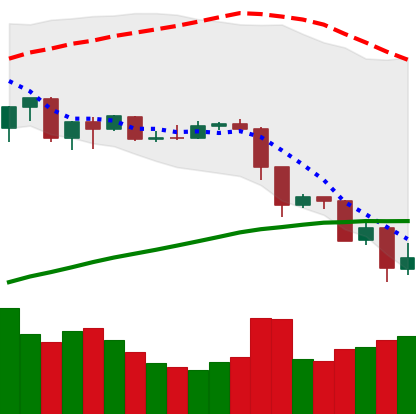
Ticker: EOS-USD
Chart end date: 2019-07-17
Forward return: 7.369%
Label: up_7plus